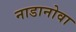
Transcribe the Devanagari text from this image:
नाडानोवा